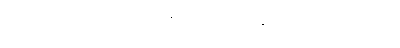
တကယ်လို့ မိသားစုအထဲမှာ မတရားမှုတို့၊ ဖိနှိပ်မှုတို့ရှိလို့ သမီးကြီးက